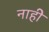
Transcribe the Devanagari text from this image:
नाहीे